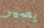
يصير